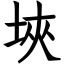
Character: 埉